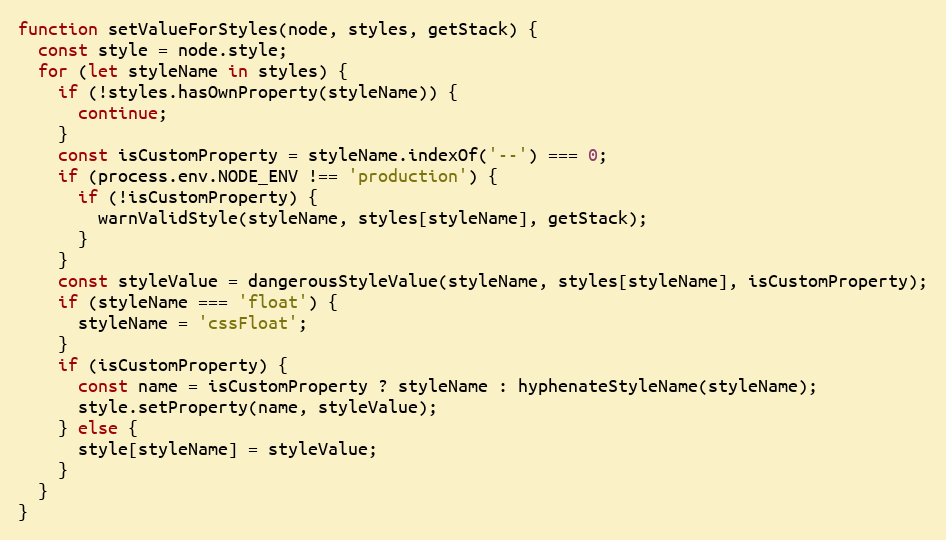
Language: JavaScript
function setValueForStyles(node, styles, getStack) {
  const style = node.style;
  for (let styleName in styles) {
    if (!styles.hasOwnProperty(styleName)) {
      continue;
    }
    const isCustomProperty = styleName.indexOf('--') === 0;
    if (process.env.NODE_ENV !== 'production') {
      if (!isCustomProperty) {
        warnValidStyle(styleName, styles[styleName], getStack);
      }
    }
    const styleValue = dangerousStyleValue(styleName, styles[styleName], isCustomProperty);
    if (styleName === 'float') {
      styleName = 'cssFloat';
    }
    if (isCustomProperty) {
      const name = isCustomProperty ? styleName : hyphenateStyleName(styleName);
      style.setProperty(name, styleValue);
    } else {
      style[styleName] = styleValue;
    }
  }
}